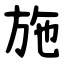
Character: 施